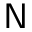
\mathsf { N }